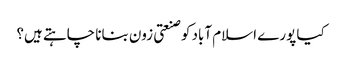
کیا پورے اسلام آباد کو صنعتی زون بنانا چاہتے ہیں؟